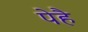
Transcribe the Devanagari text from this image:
पेहै